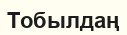
Тобылдаң